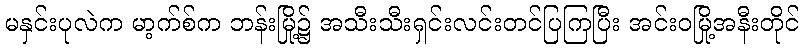
မနှင်းပုလဲက မာ့က်စ်က ဘန်းမြို့၌ အသီးသီးရှင်းလင်းတင်ပြကြပြီး အင်းဝမြို့အနီးတိုင်